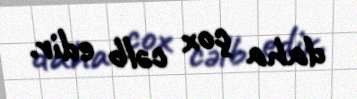
daha çox cəlb edir.